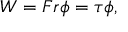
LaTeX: W = F r \phi = \tau \phi ,